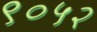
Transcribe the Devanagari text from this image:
९०५२